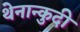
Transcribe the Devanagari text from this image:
थेनान्कुदी